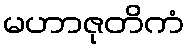
မဟာဇုတိကံ